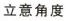
立意角度